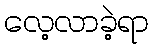
လေ့လာခဲ့ရာ